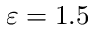
\varepsilon = 1 . 5